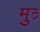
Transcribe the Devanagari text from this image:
मुत्र्